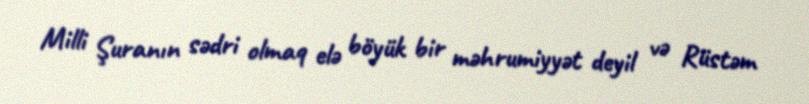
Milli Şuranın sədri olmaq elə böyük bir məhrumiyyət deyil və Rüstəm